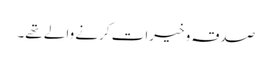
صدقہ و خیرات کرنے والے تھے۔